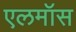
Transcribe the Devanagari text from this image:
एलमॉस